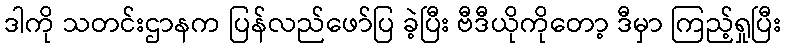
ဒါကို သတင်းဌာနက ပြန်လည်ဖော်ပြ ခဲ့ပြီး ဗီဒီယိုကိုတော့ ဒီမှာ ကြည့်ရှုပြီး